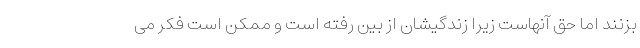
بزنند اما حق آنهاست زیرا زندگیشان از بین رفته است و ممکن است فکر می